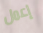
إعمل